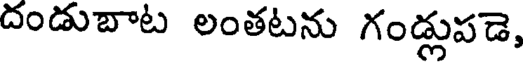
దండుబాట లంతటను గండ్లుపడె,